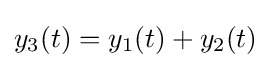
y_{3}(t)=y_{1}(t)+y_{2}(t)